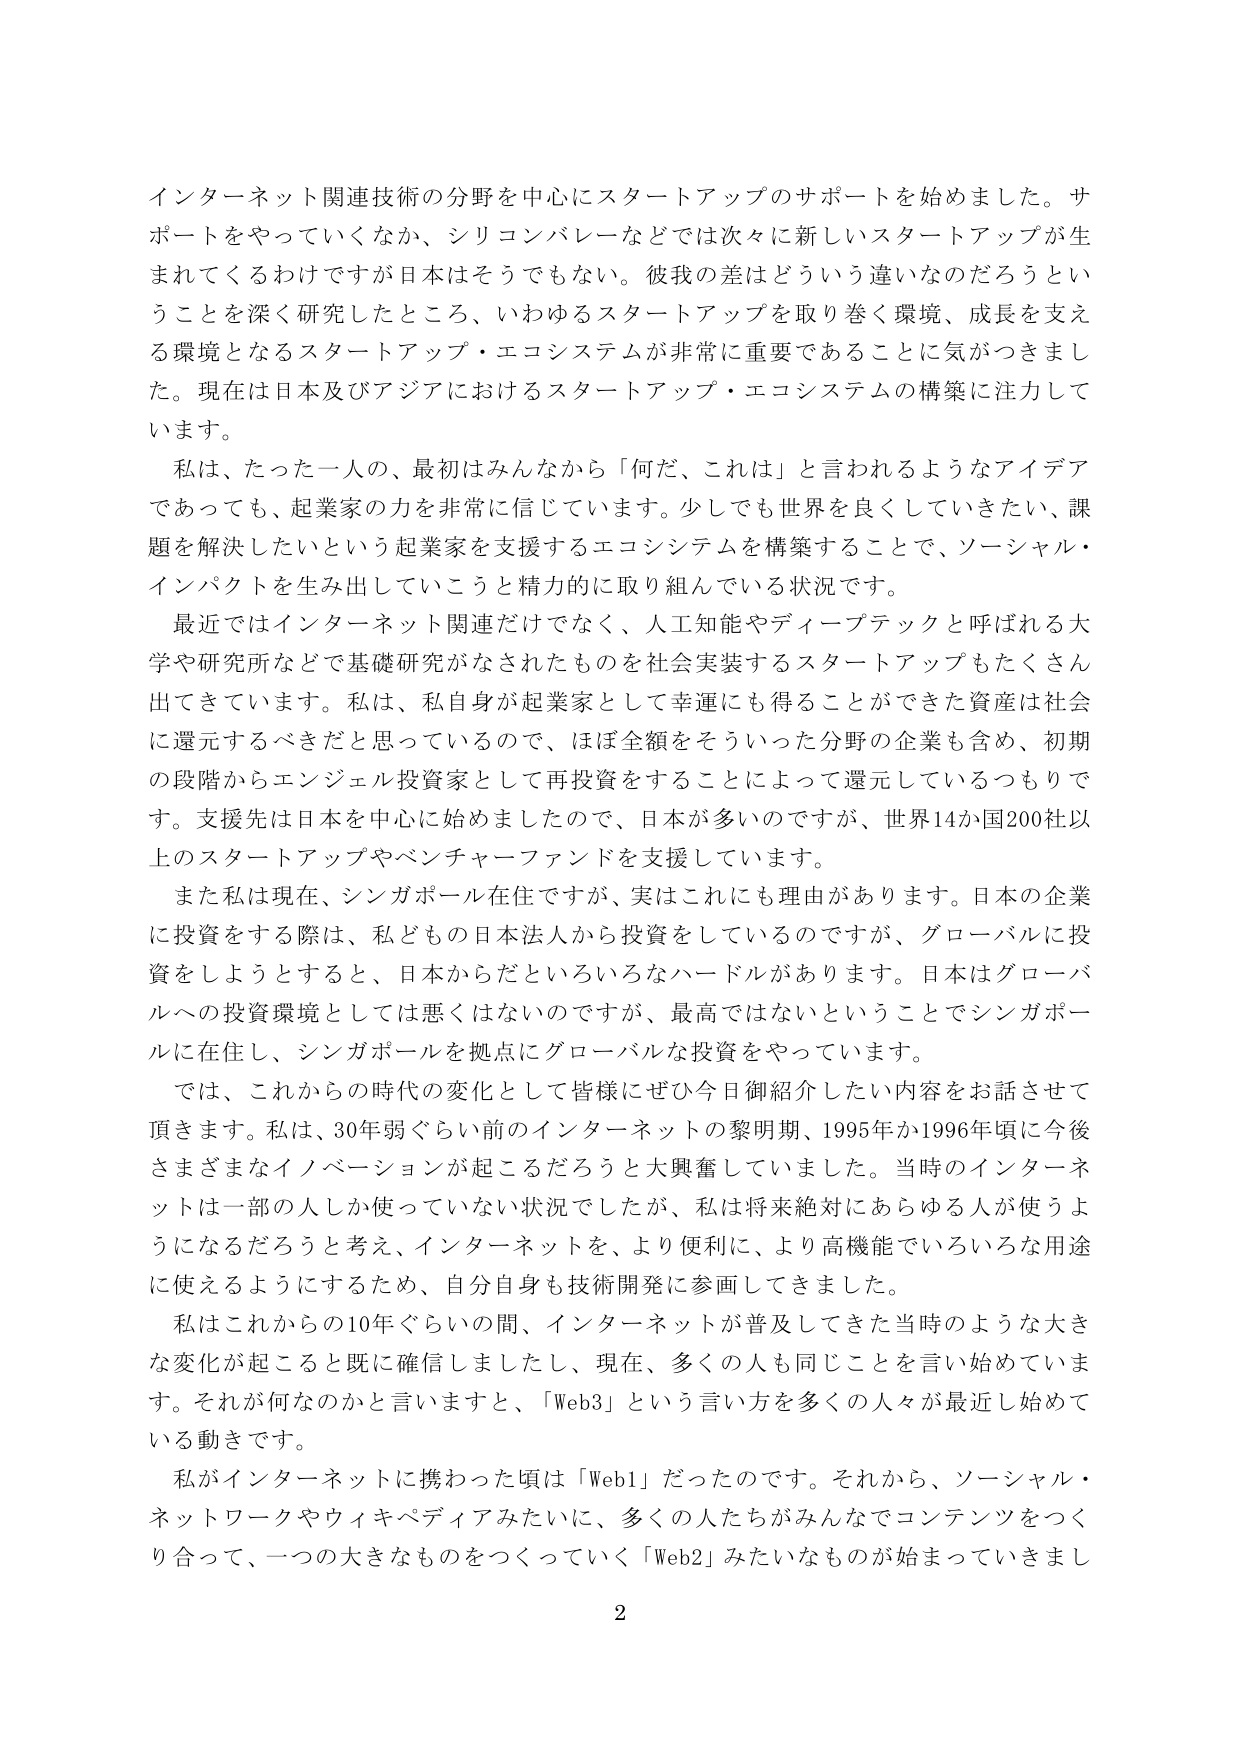
インターネット関連技術の分野を中心にスタートアップのサポートを始めました。サポートをやっていくなか、シリコンバレーなどでは次々に新しいスタートアップが生まれてくるわけですが日本はそうでもない。彼我の差はどういう違いなのだろうということを深く研究したところ、いわゆるスタートアップを取り巻く環境、成長を支える環境となるスタートアップ・エコシステムが非常に重要であることに気がつきました。現在は日本及びアジアにおけるスタートアップ・エコシステムの構築に注力しています。

私は、たった一人の、最初はみんなから「何だ、これは」と言われるようなアイデアであっても、起業家の力を非常に信じています。少しでも世界を良くしていきたい、課題を解決したいという起業家を支援するエコシステムを構築することで、ソーシャル・インパクトを生み出していこうと精力的に取り組んでいる状況です。

最近ではインターネット関連だけでなく、人工知能やディープテックと呼ばれる大学や研究所などで基礎研究がなされたものを社会実装するスタートアップもたくさん出てきています。私は、私自身が起業家として幸運にも得ることができた資産は社会に還元するべきだと思っているので、ほぼ全額をそういった分野の企業も含め、初期の段階からエンジェル投資家として再投資することによって還元しているつもりです。支援先は日本を中心に始めましたので、日本が多いのですが、世界14か国200社以上のスタートアップやベンチャーファンドを支援しています。

また私は現在、シンガポール在住ですが、実はこれにも理由があります。日本の企業に投資をする際は、私どもの日本法人から投資をしているのですが、グローバルに投資をしようとするとき、日本からだといろいろなハードルがあります。日本はグローバルへの投資環境としては悪くはないのですが、最高ではないということでシンガポールに在住し、シンガポールを拠点にグローバルな投資をやっています。

では、これからの時代の変化として皆様にぜひ今日御紹介したい内容をお話させて頂きます。私は、30年弱ぐらい前のインターネットの黎明期、1995年か1996年頃に今後さまざまなイノベーションが起こるだろうと大興奮していました。当時のインターネットは一部の人しか使っていない状況でしたが、私は将来絶対にあらゆる人が使うようになるだろうと考え、インターネットを、より便利に、より高機能でいろいろな用途に使えるようにするため、自分自身も技術開発に参画してきました。

私はこれからの10年ぐらいの間、インターネットが普及してきた当時のような大きな変化が起こると既に確信しましたし、現在、多くの人も同じことを言い始めています。それが何なのかと言いますと、「Web3」という言い方を多くの人々が最近し始めている動きです。

私がインターネットに携わった頃は「Web1」だったのです。それから、ソーシャル・ネットワークやウィキペディアみたいに、多くの人たちがみんなでコンテンツをつくり合って、一つの大きなものにつくっていく「Web2」みたいなものが始まっていきました

2